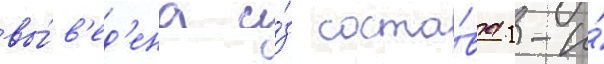
вы́в'ед'ена и́з соста́ва 1-и́